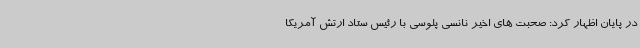
در پایان اظهار کرد: صحبت های اخیر نانسی پلوسی با رئیس ستاد ارتش آمریکا